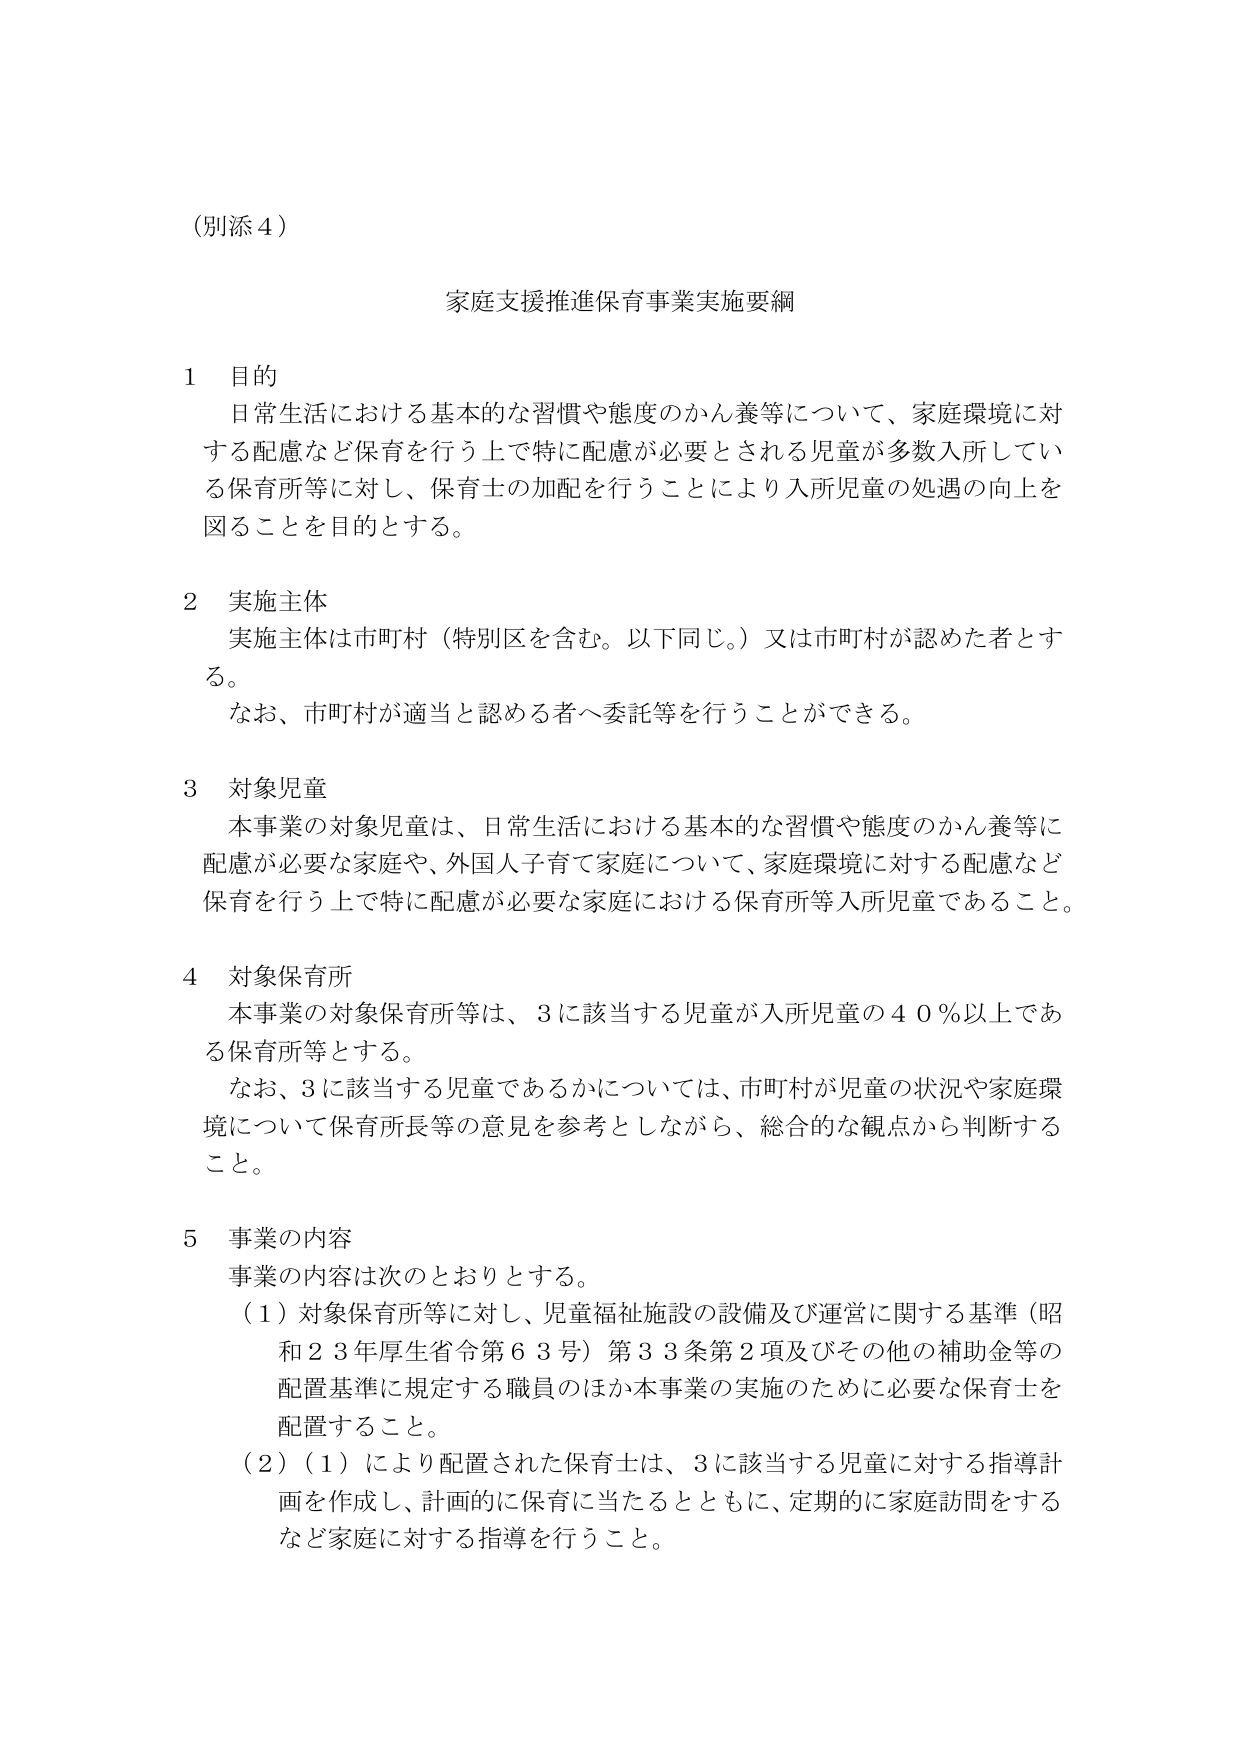
（別添４）

家庭支援推進保育事業実施要綱

１　目的
日常生活における基本的な習慣や態度のかん養等について、家庭環境に対する配慮など保育を行う上で特に配慮が必要とされる児童が多数入所している保育所等に対し、保育士の加配を行うことにより入所児童の処遇の向上を図ることを目的とする。

２　実施主体
実施主体は市町村（特別区を含む。以下同じ。）又は市町村が認めた者とする。
　なお、市町村が適当と認める者へ委託等を行うことができる。

３　対象児童
本事業の対象児童は、日常生活における基本的な習慣や態度のかん養等に配慮が必要な家庭や、外国人子育て家庭について、家庭環境に対する配慮など保育を行う上で特に配慮が必要な家庭における保育所等入所児童であること。

４　対象保育所
本事業の対象保育所等は、３に該当する児童が入所児童の４０％以上である保育所等とする。
　なお、３に該当する児童であるかについては、市町村が児童の状況や家庭環境について保育所長等の意見を参考としながら、総合的な観点から判断すること。

５　事業の内容
事業の内容は次のとおりとする。
（１）対象保育所等に対し、児童福祉施設の設備及び運営に関する基準（昭和２３年厚生省令第６３号）第３３条第２項及びその他の補助金等の配置基準に規定する職員のほか本事業の実施のために必要な保育士を配置すること。
（２）（１）により配置された保育士は、３に該当する児童に対する指導計画を作成し、計画的に保育に当たるとともに、定期的に家庭訪問をするなど家庭に対する指導を行うこと。